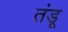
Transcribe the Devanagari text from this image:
तंडू